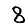
Digit: 8